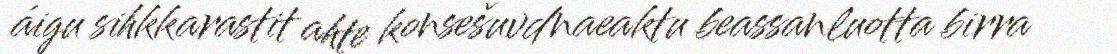
áigu sihkkarastit ahte konsešuvdnaeaktu beassanluotta birra